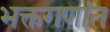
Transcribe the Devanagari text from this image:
भक्तगणांत